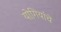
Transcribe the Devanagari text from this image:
योगियांचे